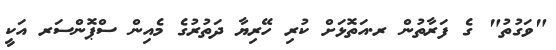
"ވަގުތު" ގެ ފަރާތުން ރ.އަތޮޅަށް ކުރި ހޭރިޔާ ދަތުރުގެ މެއިން ސްޕޮންސަރ އަކީ